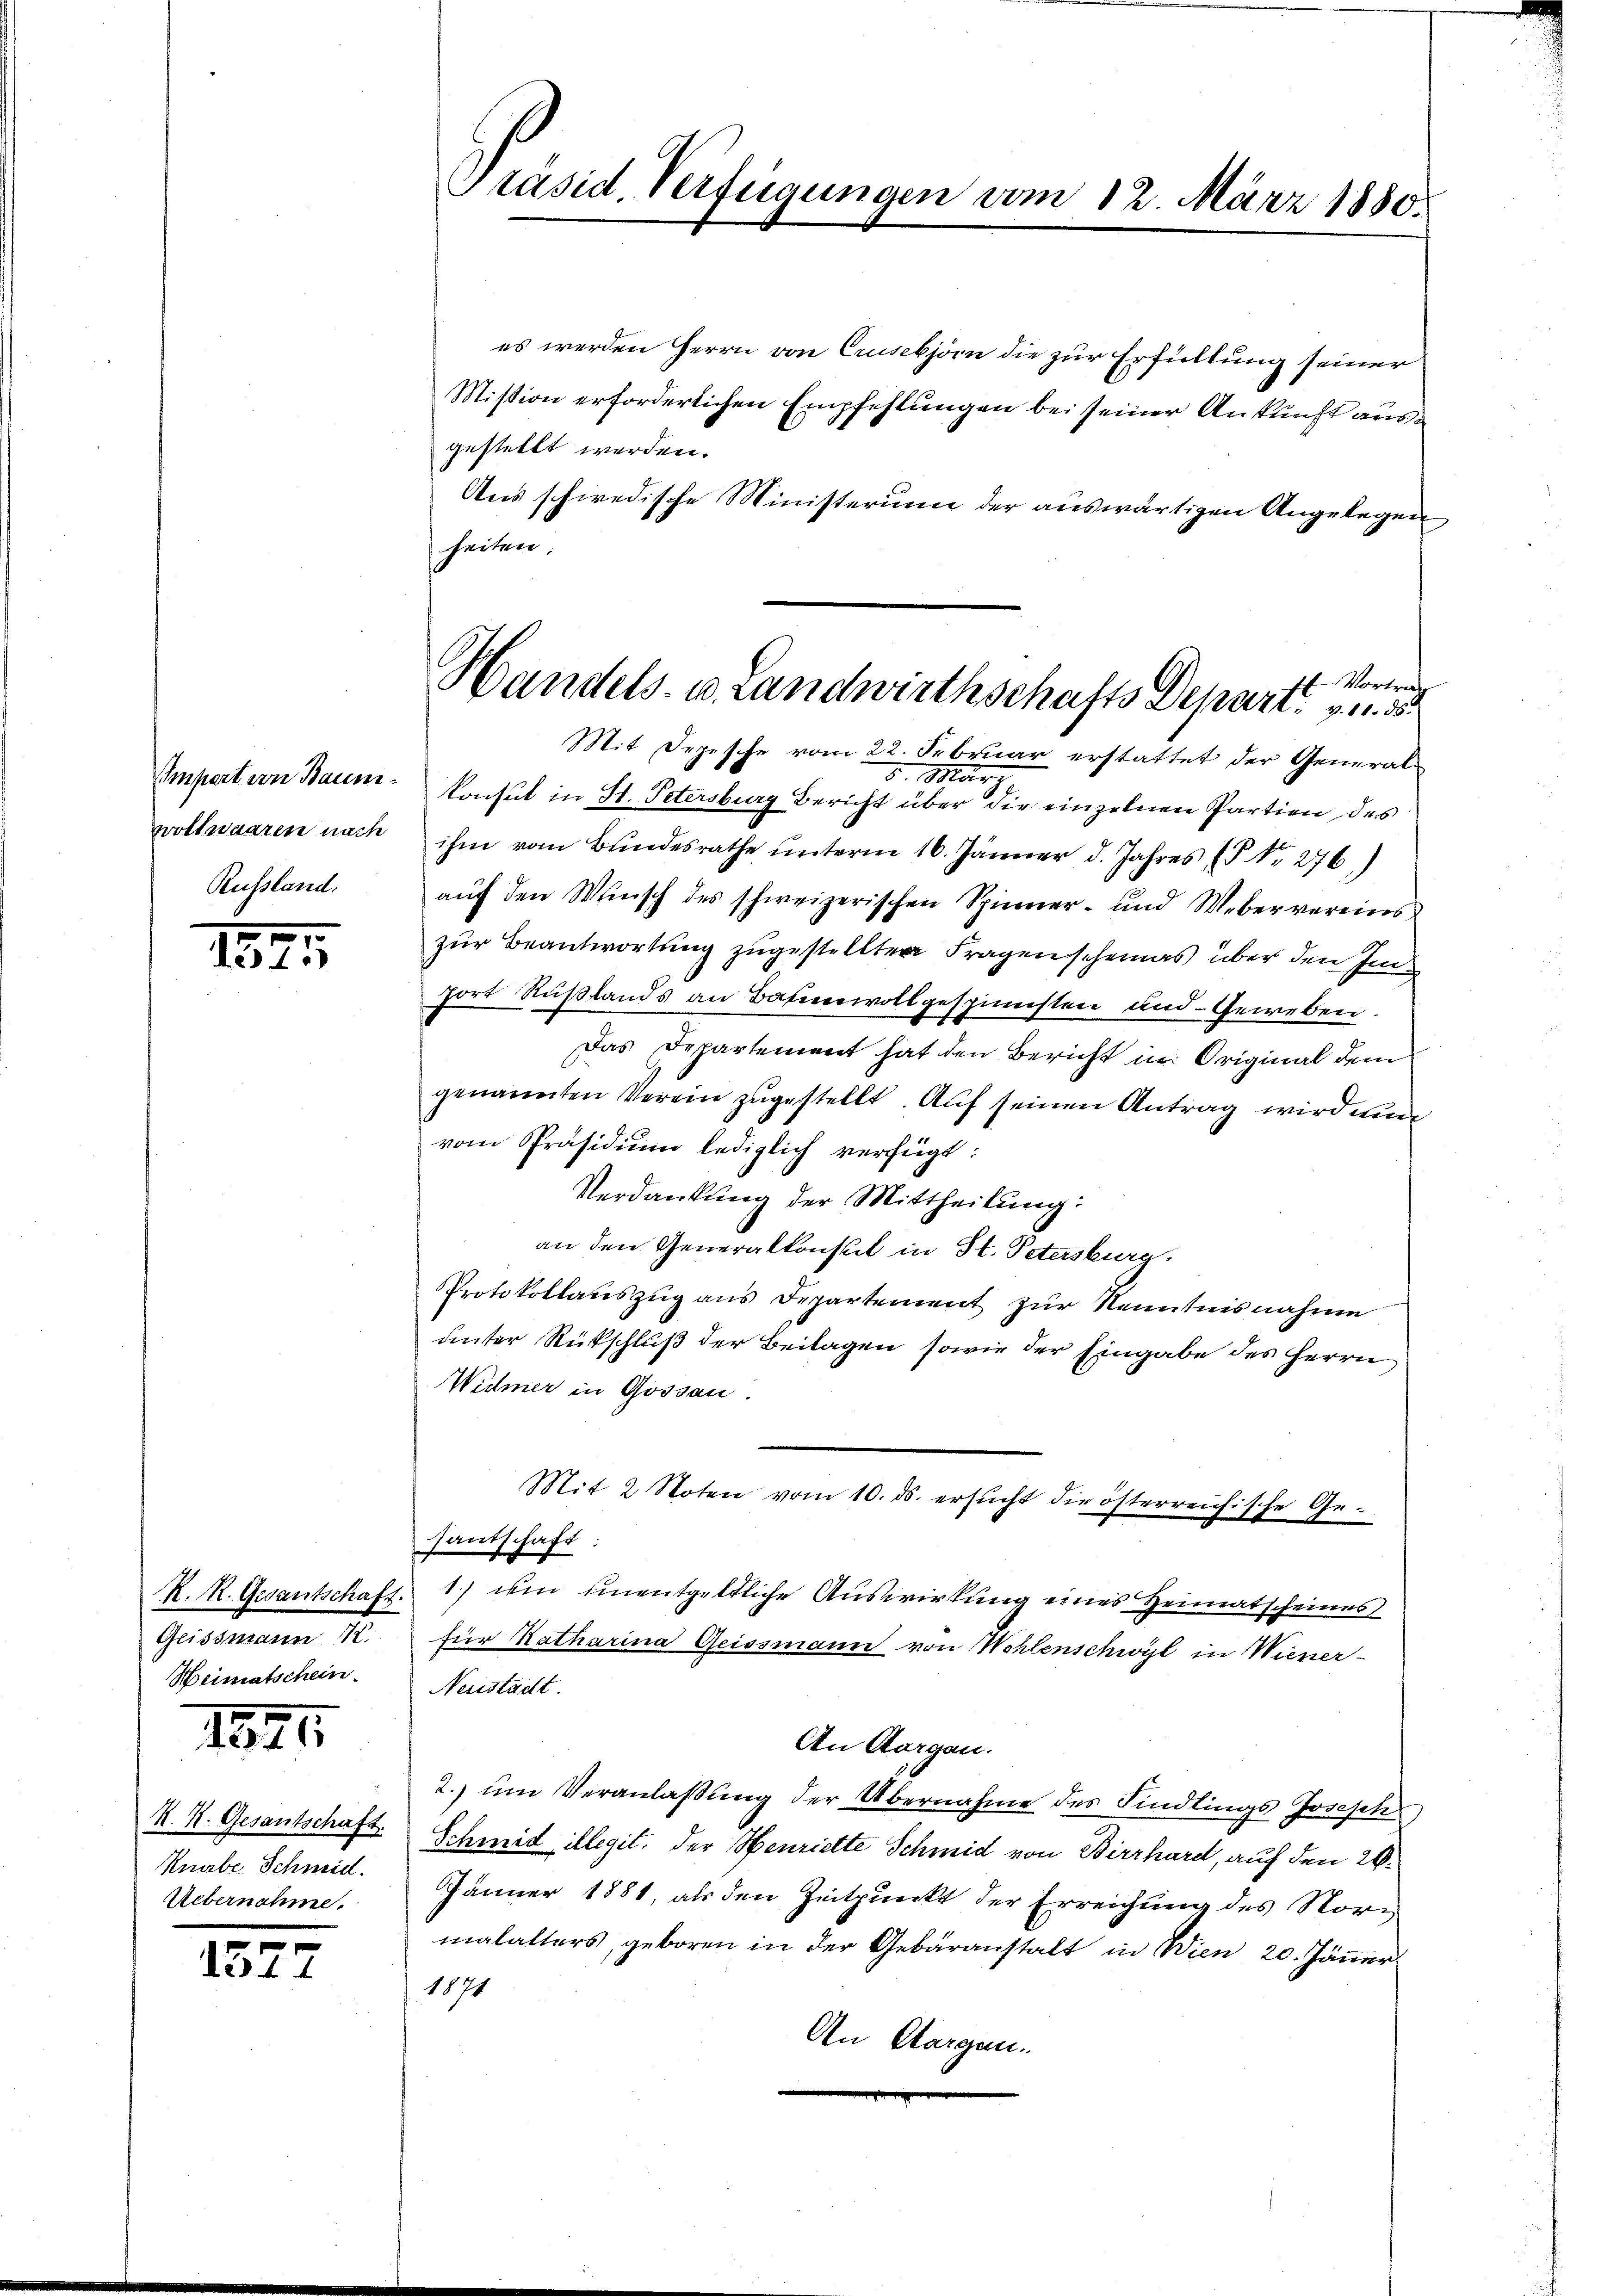
Impert von Baumwollwaaren nach
Russland.

1875

R. R. Gesantschaft.
Geissmann K
Heimatschein.

1845

K. K. Gesantschaft.
Knabe Schmid.
Uebernahme.

1527

Präsid Verfügungen vom 12. März 1880.

es werden Herrn von Crusebjörn die zur Erfüllung seiner
Mission erforderlichen Empfehlungen bei seiner Ankunft ausgestellt werden.
Aus schwedische Ministerium der auswärtigen Angelegen
heiten.
5. März
konsul in St. Petersburg Bericht über die einzelnen Partien des
ihm vom Bundesrathe ŭnterm 16. Jänner d. Jahres (§ Nr. 276)
auf den Wunsch des schweizerischen Spinner- und Weber vereinszur Beantwortung zugestellten Fragenscheinas über den Infort Rußlands an Basenvoll gespinnsten und Geweben.
Das Departement hat den Bericht in Original dem
genannten Verein zugestellt. Auf seinen Antrag wird nun
vom Präsidium lediglich verfügt:
Verdankung der Mittheilung:
an den Generalkonseil in St. Petersburg,
Protokollauszug aus Departement zur Kenntnisnahme
unter Rückschluß der Beilagen sowie der Eingabe des Herrn
Widmer in Gossau.
Mit 2 Noten vom 10. ds. ersŭcht die österreichische Gesantschaft:
1) dein unentgeltliche Auswirkung eines Heimatscheines
für Katharina Geissmann von Wohlenschwyl in Wiener-
Neustadt.
An Aargau.
2. um Veranlaßung der Übernahme des Kindlings Joseph
Schmid illegit, der Henriette Schmid von Birrhard, auf den 26.
Jänner 1881, als den Zeitpunkt der Erreichung des Vormalalters, geboren in der Gebäranstalt in Wien 20. Jänner
1871
An Aargau.

Vortrag
Handels- u. Landwirthschafts Depart. v. 5.
Mit Depesche vom 22. Februar erstattet der General¬